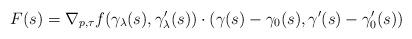
LaTeX: \begin{align*}F(s) =\nabla_{p,\tau} f( \gamma_{\lambda}(s), \gamma_{\lambda}'(s)) \cdot(\gamma(s)-\gamma_0(s), \gamma'(s) - \gamma_0'(s))\end{align*}